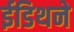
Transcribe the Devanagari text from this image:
ईडिथने